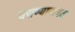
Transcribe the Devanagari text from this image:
घराण्याबाबत